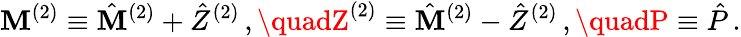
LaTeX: \mathbf{M}^{(2)}\equiv\hat{{\mathbf{M}}}^{(2)}+\hat{{Z}}^{(2)}\, ,\quadZ^{(2)}\equiv\hat{{\mathbf{M}}}^{(2)}-\hat{{Z}}^{(2)}\, ,\quadP\equiv\hat{{P}}\, .